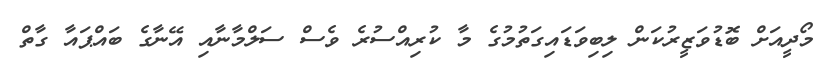
މޯދީއަށް ބޮޑުވަޒީރުކަން ލިބިވަޑައިގަތުމުގެ މާ ކުރިއްސުރެ ވެސް ސަލްމާނާއި އޭނާގެ ބައްޕައާ ގާތް